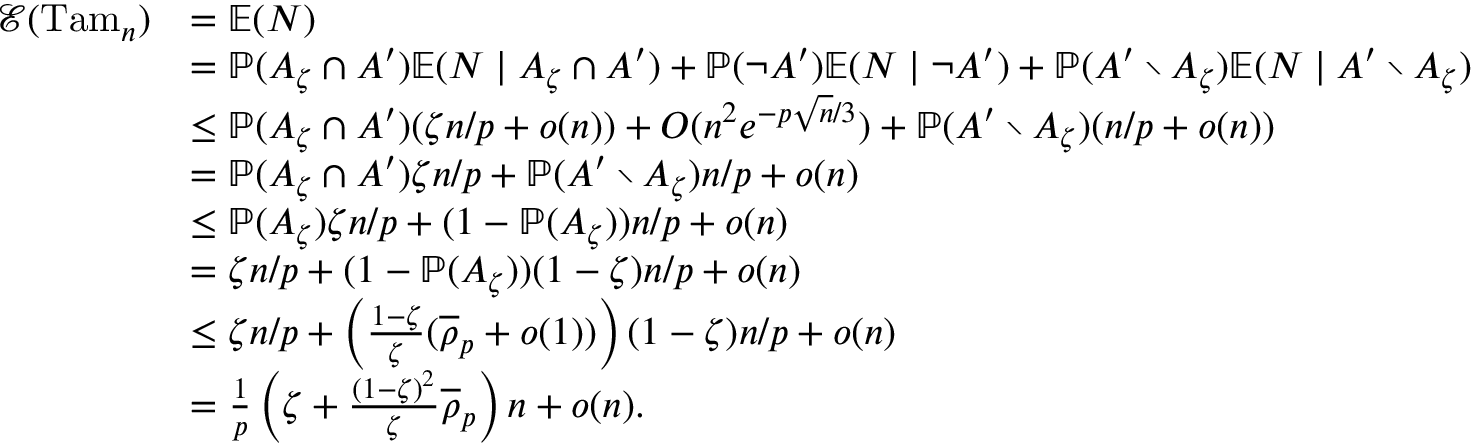
\begin{array} { r l } { \mathcal E ( \mathrm { T a m } _ { n } ) } & { = \mathbb E ( N ) } \\ & { = \mathbb P ( A _ { \zeta } \cap A ^ { \prime } ) \mathbb E ( N \mid A _ { \zeta } \cap A ^ { \prime } ) + \mathbb P ( \neg A ^ { \prime } ) \mathbb E ( N \mid \neg A ^ { \prime } ) + \mathbb P ( A ^ { \prime } \setminus A _ { \zeta } ) \mathbb E ( N \mid A ^ { \prime } \setminus A _ { \zeta } ) } \\ & { \leq \mathbb P ( A _ { \zeta } \cap A ^ { \prime } ) ( \zeta n / p + o ( n ) ) + O ( n ^ { 2 } e ^ { - p \sqrt { n } / 3 } ) + \mathbb P ( A ^ { \prime } \setminus A _ { \zeta } ) ( n / p + o ( n ) ) } \\ & { = \mathbb P ( A _ { \zeta } \cap A ^ { \prime } ) \zeta n / p + \mathbb P ( A ^ { \prime } \setminus A _ { \zeta } ) n / p + o ( n ) } \\ & { \leq \mathbb P ( A _ { \zeta } ) \zeta n / p + ( 1 - \mathbb P ( A _ { \zeta } ) ) n / p + o ( n ) } \\ & { = \zeta n / p + ( 1 - \mathbb P ( A _ { \zeta } ) ) ( 1 - \zeta ) n / p + o ( n ) } \\ & { \leq \zeta n / p + \left( \frac { 1 - \zeta } { \zeta } ( \overline { \rho } _ { p } + o ( 1 ) ) \right) ( 1 - \zeta ) n / p + o ( n ) } \\ & { = \frac { 1 } { p } \left( \zeta + \frac { ( 1 - \zeta ) ^ { 2 } } { \zeta } \overline { \rho } _ { p } \right) n + o ( n ) . } \end{array}